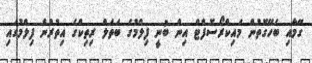
ގޭމާއި ބެހޭގޮތުން މައިކްރޯސޮފްޓް އިން ބުނީ ފިލްމުގެ ބަތަލް ރިތިކްގެ އިތުރުން ފިލްމުގައި